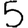
Digit: 5